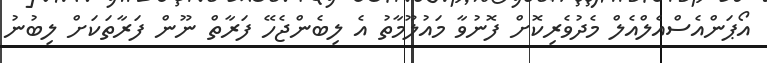
އޯޕަންއެސްއެލްއެލް މެދުވެރިކޮށް ފޮނުވާ މައުލޫމާތު އެ ލިބެންޖެހޭ ފަރާތް ނޫން ފަރާތަކަށް ލިބުނު